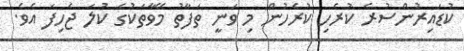
ކުޑައިރުންސުރެ ކުރެހި ކުރެހުން މި ވަނީ ތަފާތު މޭވާތަކުގެ ކުލަ ޖެހިފަ އެވެ.